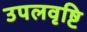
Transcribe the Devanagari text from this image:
उपलवृष्टि